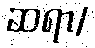
ဆရာ/